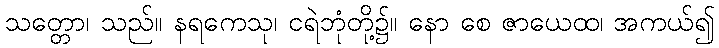
သတ္တော၊ သည်။ နရကေသု၊ ငရဲဘုံတို့၌။ နော စေ ဇာယေထ၊ အကယ်၍